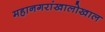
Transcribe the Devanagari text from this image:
महानगरांखालोखाल